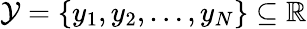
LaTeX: \mathcal{Y}=\left\{ y_{1},y_{2},\dotsc,y_{N}\right\} \subseteq\mathbb{R}